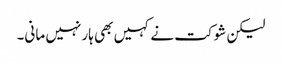
لیکن شوکت نے کہیں بھی ہار نہیں مانی۔